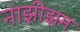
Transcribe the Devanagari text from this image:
नाझीझम